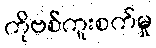
ကိုဗစ်ကူးစက်မှု